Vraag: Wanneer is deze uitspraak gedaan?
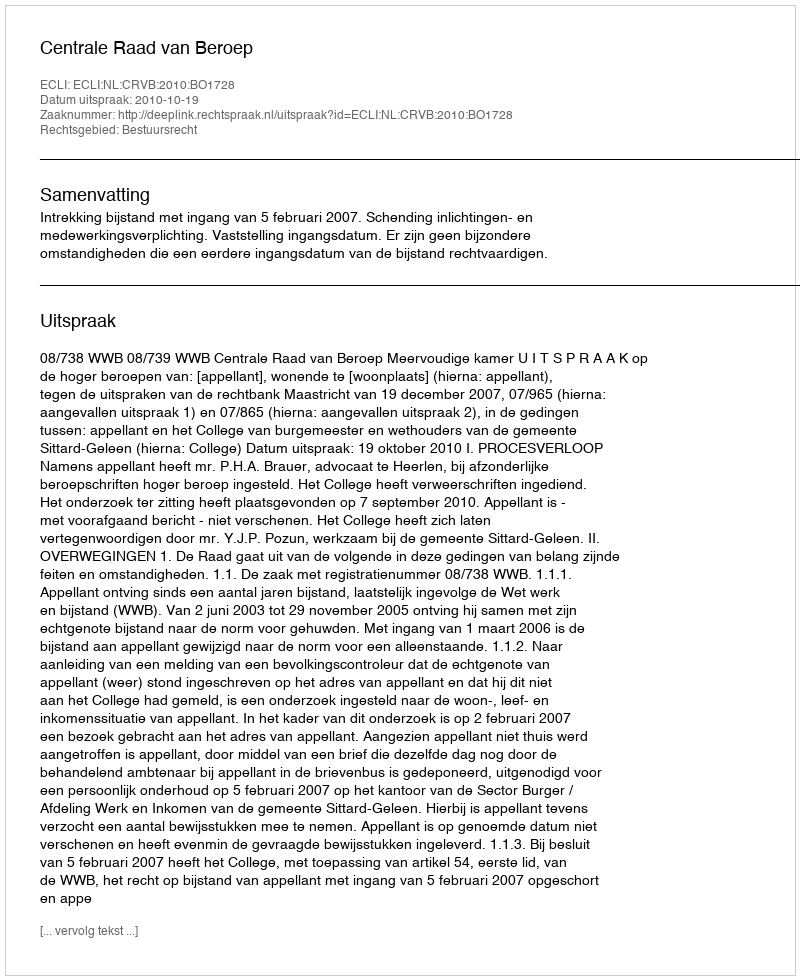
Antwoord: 2010-10-19